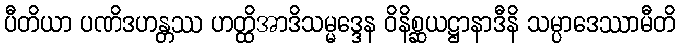
ပီတိယာ ပဏိဒဟန္တဿ ဟတ္ထိအာဒိသမ္မဒ္ဒေန ဝိနိစ္ဆယဋ္ဌာနာဒီနိ သမ္ပာဒေဿာမီတိ